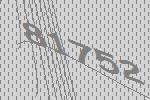
81752